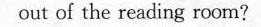
outof the reading room?